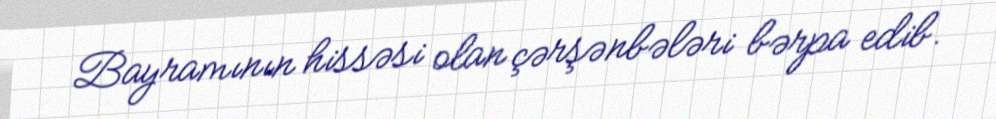
Bayramının hissəsi olan çərşənbələri bərpa edib.